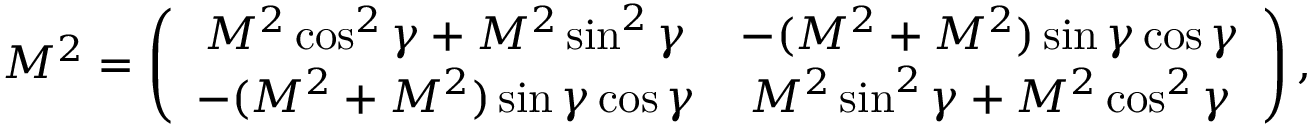
{ \cal M } ^ { 2 } = \left( \begin{array} { c c } { { M ^ { 2 } \cos ^ { 2 } \gamma + M ^ { 2 } \sin ^ { 2 } \gamma } } & { { - ( M ^ { 2 } + M ^ { 2 } ) \sin \gamma \cos \gamma } } \\ { { - ( M ^ { 2 } + M ^ { 2 } ) \sin \gamma \cos \gamma } } & { { M ^ { 2 } \sin ^ { 2 } \gamma + M ^ { 2 } \cos ^ { 2 } \gamma } } \end{array} \right) ,